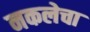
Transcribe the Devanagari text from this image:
नकलेचा